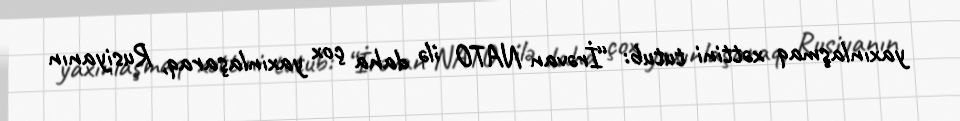
yaxınlaşmaq xəttini tutub: “İrəvan NATO ilə daha çox yaxınlaşaraq, Rusiyanın